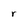
Character: r